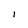
Character: I